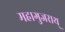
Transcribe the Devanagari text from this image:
महागुजराथ्